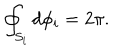
\oint _ { S _ { i } } { d \phi _ { i } } = 2 \pi .